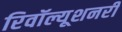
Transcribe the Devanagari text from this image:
रिवॉल्यूशनरी